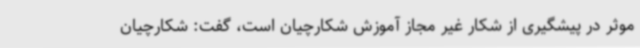
موثر در پیشگیری از شکار غیر مجاز آموزش شکارچیان است، گفت: شکارچیان